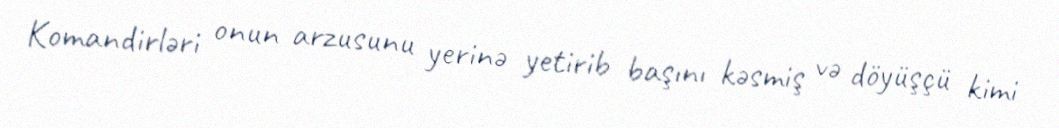
Komandirləri onun arzusunu yerinə yetirib başını kəsmiş və döyüşçü kimi